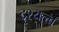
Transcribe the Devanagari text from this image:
दृश्‍यत्त्व